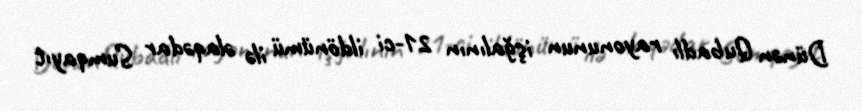
Dünən Qubadlı rayonunun işğalının 21-ci ildönümü ilə əlaqədar Sumqayıt